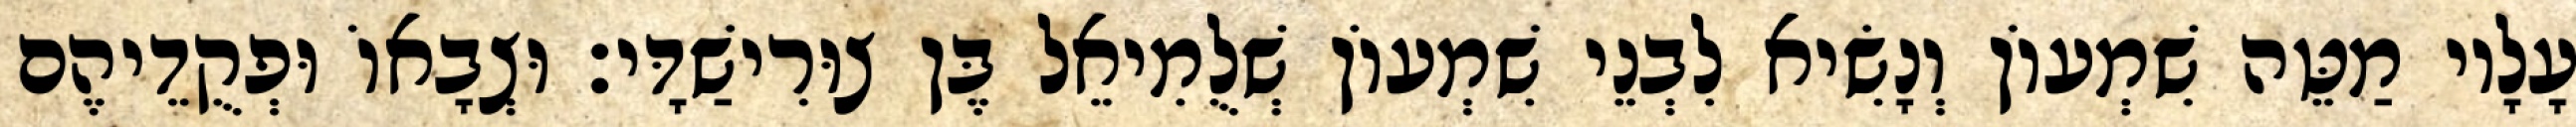
עָלָיו מַטֵּה שִׁמְעוֹן וְנָשִׂיא לִבְנֵי שִׁמְעוֹן שְׁלֻמִיאֵל בֶּן צוּרִישַׁדָּי׃ וּצְבָאוֹ וּפְקֻדֵיהֶם